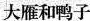
大雁和鸭子